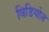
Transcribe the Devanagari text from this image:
विडियोज़